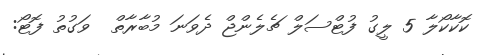
ކޮކާކޯލާ 5 ލީގު ފުޓްސަލް ޗެލެންޖް ދެވަނަ މުބާރާތް  ވަގުތު ފޮޓޯ: